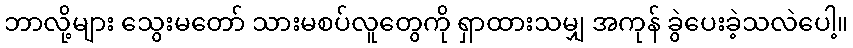
ဘာလို့များ သွေးမတော် သားမစပ်လူတွေကို ရှာထားသမျှ အကုန် ခွဲပေးခဲ့သလဲပေါ့။